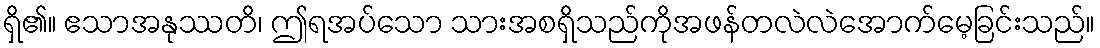
ရှိ၏။ ဧသာအနုဿတိ၊ ဤရအပ်သော သားအစရှိသည်ကိုအဖန်တလဲလဲအောက်မေ့ခြင်းသည်။